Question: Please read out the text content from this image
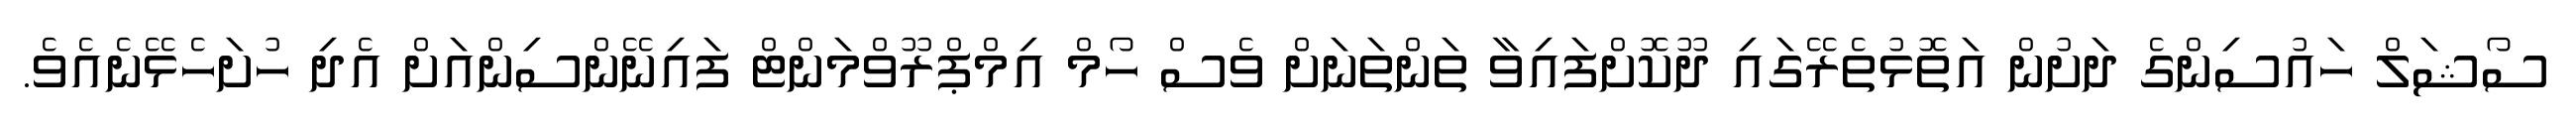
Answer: ސޯޝަލް ހައުސިންގެ ދަށުން އަތޮޅުތެރޭގައި ދޫކޮށްފައިވާ ތަންތަނަށް ވެސް ހޯމް އިމްޕްރޫވްމަންޓް ފައިނޭންސިންއަށް އެދި ހުށަހެޅޭނެއެވެ.